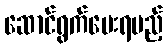
ဆောင်ရွက်ပေးရမည့်